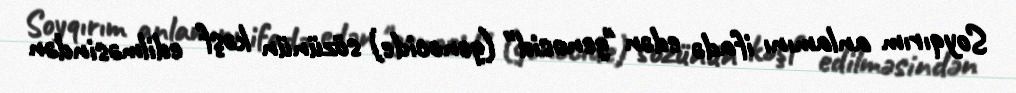
Soyqırım anlamını ifadə edən "genosid" (genocide) sözünün kəşf edilməsindən